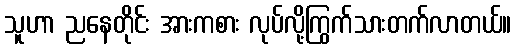
သူဟာ ညနေတိုင်း အားကစား လုပ်လို့ကြွက်သားတက်လာတယ်။